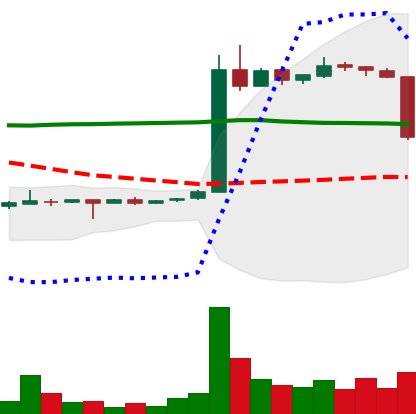
Ticker: LTC-USD
Chart end date: 2015-05-31
Forward return: 7.543%
Label: up_7plus